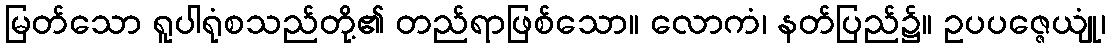
မြတ်သော ရူပါရုံစသည်တို့၏ တည်ရာဖြစ်သော။ လောကံ၊ နတ်ပြည်၌။ ဥပပဇ္ဇေယျုံ၊